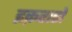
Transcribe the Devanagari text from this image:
इक़रारों